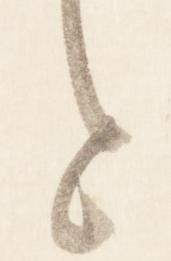
と